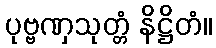
ပုဗ္ဗဏှသုတ္တံ နိဋ္ဌိတံ။